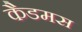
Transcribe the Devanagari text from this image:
कैडमस